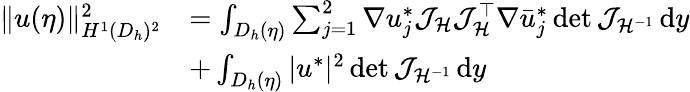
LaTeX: \begin{array}{rl}{\| u(\eta)\| _{H^{1}(D_{h})^{2}}^{2}}&{=\int_{D_{h}(\eta)}\sum_{j=1}^{2}\nabla{u}_{j}^{*}\mathcal{J}_{\mathcal{H}}\mathcal{J}_{\mathcal{H}}^{\top}\nabla\bar{u}_{j}^{*}\operatorname*{det}{\mathcal{J}_{\mathcal{H}^{-1}}}\, \mathrm{d}y}\\ &{+\int_{D_{h}(\eta)}|u^{*}|^{2}\operatorname*{det}{\mathcal{J}_{\mathcal{H}^{-1}}}\, \mathrm{d}y}\end{array}